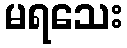
မရသေး